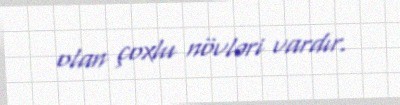
olan çoxlu növləri vardır.